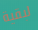
لبقية